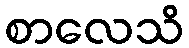
စာလေသိ